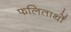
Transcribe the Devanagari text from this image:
फलितार्थों